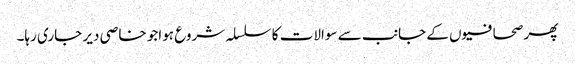
پھر صحافیوں کے جانب سے سوالات کا سلسلہ شروع ہواجو خاصی دیر جاری رہا۔